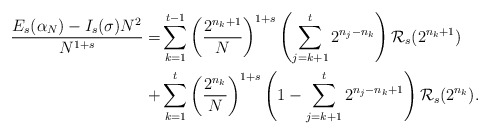
\begin{align*}\frac{E_{s}(\alpha_{N})-I_{s}(\sigma) N^{2}}{N^{1+s}}= & \sum_{k=1}^{t-1}\left(\frac{2^{n_{k}+1}}{N}\right)^{1+s}\left(\sum_{j=k+1}^{t}2^{n_{j}-n_{k}}\right)\mathcal{R}_{s}(2^{n_{k}+1})\\+ & \sum_{k=1}^{t}\left(\frac{2^{n_{k}}}{N}\right)^{1+s}\left(1-\sum_{j=k+1}^{t}2^{n_{j}-n_{k}+1}\right)\mathcal{R}_{s}(2^{n_{k}}).\end{align*}